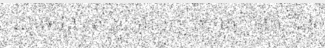
រហូតដល់តក់ស្លុតភ័យខ្លាចហួសហេតុ និង